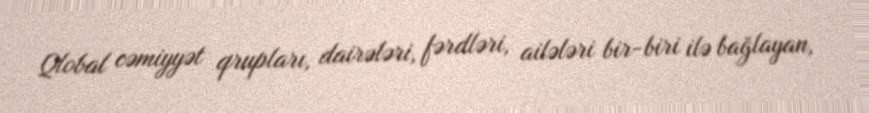
Qlobal cəmiyyət qrupları, dairələri, fərdləri, ailələri bir-biri ilə bağlayan,